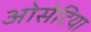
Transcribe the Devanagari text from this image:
ओसेटिया